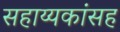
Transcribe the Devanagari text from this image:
सहाय्यकांसह